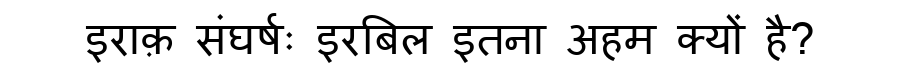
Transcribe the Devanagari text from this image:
इराक़ संघर्षः इरबिल इतना अहम क्यों है?